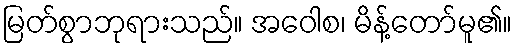
မြတ်စွာဘုရားသည်။ အဝေါစ၊ မိန့်တော်မူ၏။